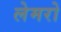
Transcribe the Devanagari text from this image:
लेमरो